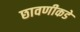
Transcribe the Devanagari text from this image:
छावणीकडे